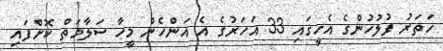
ހަތަރު ފުލުހުންގެ އެހީގައި 33 އަހަރުގެ އެ އަންހެން މީހާ ސަލާމަތް ކޮށްފައި